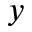
y